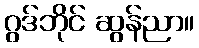
ဂွဒ်ဘိုင် ဆွန်ညာ။